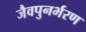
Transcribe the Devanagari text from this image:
जैवपुनर्भरण